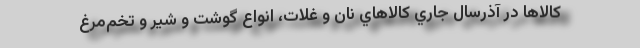
كالاها در آذرسال جاري كالاهاي نان و غلات، انواع گوشت و شير و تخم‌مرغ